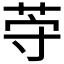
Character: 𱽦